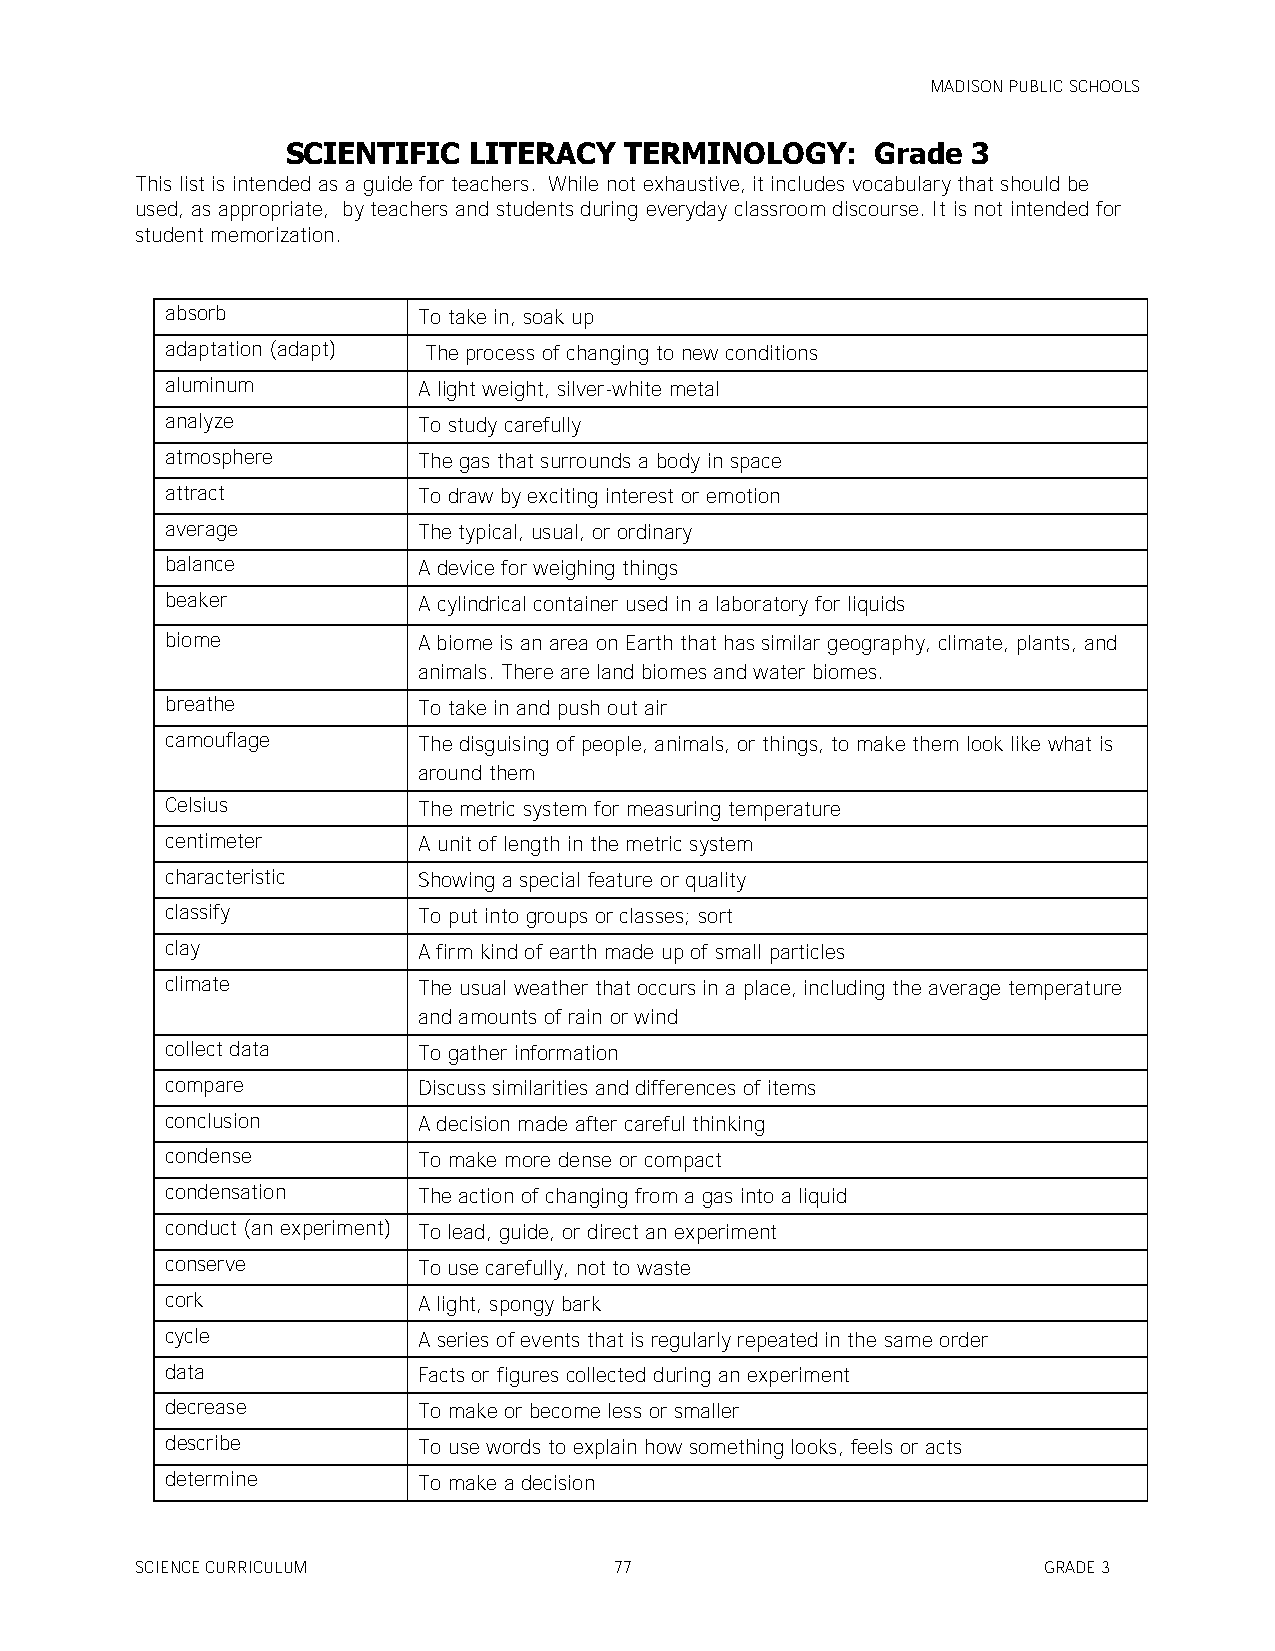
MADISON PUBLIC SCHOOLS
 SCIENTIFIC  LITERACY  TERMINOLOGY:     Grade 3
 This list is intended as a guide for teachers. While not exhaustive, it includes vocabulary that should be
 used, as appropriate, by teachers and students during everyday classroom discourse. It is not intended for
 student memorization.
 absorb           To take in, soak up
 adaptation (adapt) The process of changing to new conditions
 aluminum         A light weight, silver-white metal
 analyze          To study carefully
 atmosphere       The gas that surrounds a body in space
 attract          To draw by exciting interest or emotion
 average          The typical, usual, or ordinary
 balance          A device for weighing things
 beaker           A cylindrical container used in a laboratory for liquids
 biome            A biome is an area on Earth that has similar geography, climate, plants, and
 animals. There are land biomes and water biomes.
 breathe          To take in and push out air
 camouflage       The disguising of people, animals, or things, to make them look like what is
 around them
 Celsius          The metric system for measuring temperature
 centimeter       A unit of length in the metric system
 characteristic   Showing a special feature or quality
 classify         To put into groups or classes; sort
 clay             A firm kind of earth made up of small particles
 climate          The usual weather that occurs in a place, including the average temperature
 and amounts of rain or wind
 collect data     To gather information
 compare          Discuss similarities and differences of items
 conclusion       A decision made after careful thinking
 condense         To make more dense or compact
 condensation     The action of changing from a gas into a liquid
 conduct (an experiment) To lead, guide, or direct an experiment
 conserve         To use carefully, not to waste
 cork             A light, spongy bark
 cycle            A series of events that is regularly repeated in the same order
 data             Facts or figures collected during an experiment
 decrease         To make or become less or smaller
 describe         To use words to explain how something looks, feels or acts
 determine        To make a decision
 SCIENCE CURRICULUM              77                          GRADE 3